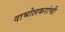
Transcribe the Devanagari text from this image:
दाभोलकरांची